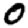
Digit: 0